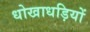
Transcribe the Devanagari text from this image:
धोखाधड़ियों